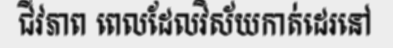
ជីវភាព ពេលដែលវិស័យកាត់ដេរនៅ